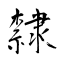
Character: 隸